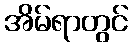
အိမ်ရာတွင်